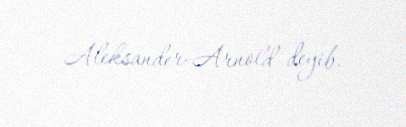
Aleksander-Arnold deyib.